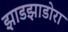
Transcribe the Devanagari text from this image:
झाडझाडोरा